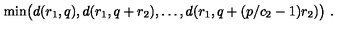
\mathrm { m i n } \big ( d ( r _ { 1 } , q ) , d ( r _ { 1 } , q + r _ { 2 } ) , \ldots , d ( r _ { 1 } , q + ( p / c _ { 2 } - 1 ) r _ { 2 } ) \big ) \ .